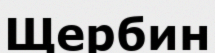
Щербин